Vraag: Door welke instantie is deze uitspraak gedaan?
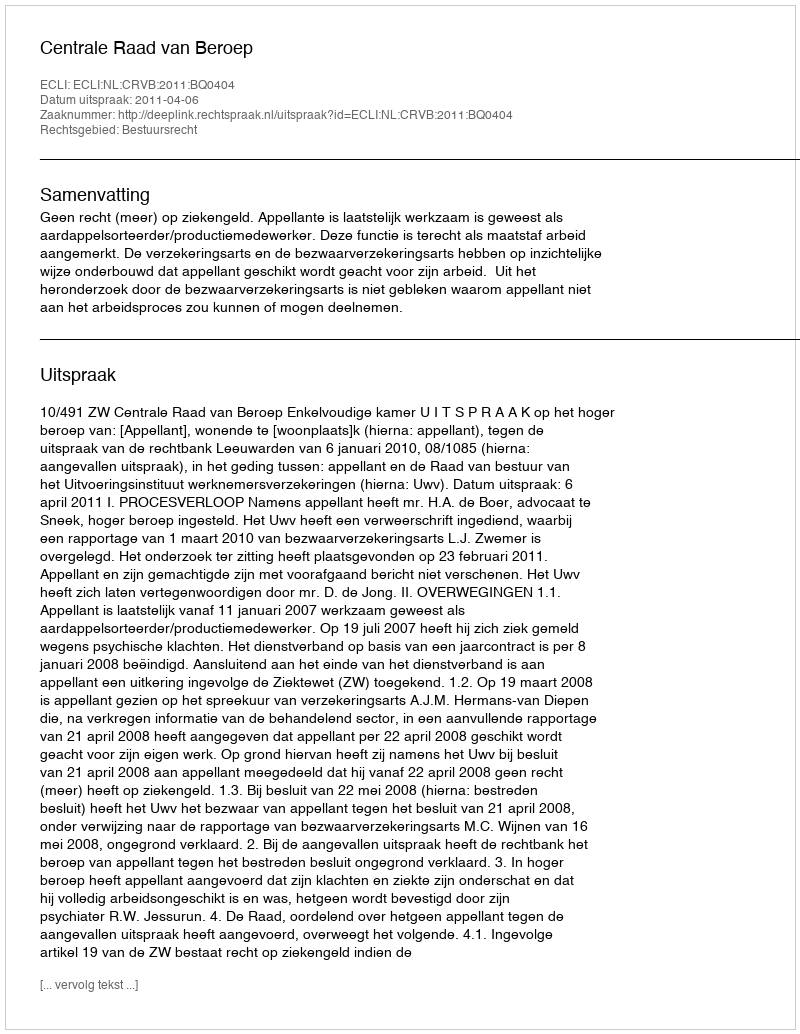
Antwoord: Centrale Raad van Beroep